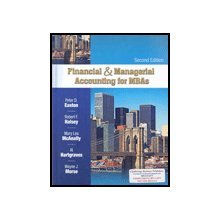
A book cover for Financial & Managerial Accounting for MBAs; Peter D. Easton; Business & Money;